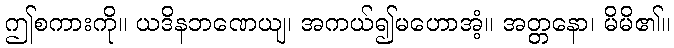
ဤစကားကို။ ယဒိနဘဏေယျ၊ အကယ်၍မဟောအံ့။ အတ္တနော၊ မိမိ၏။